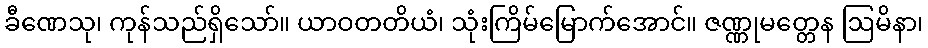
ခီဏေသု၊ ကုန်သည်ရှိသော်။ ယာဝတတိယံ၊ သုံးကြိမ်မြောက်အောင်။ ဇဏ္ဏုမတ္တေန ဩမိနာ၊